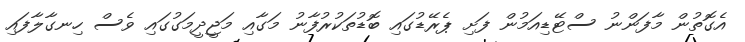
އެގޮތުން މާފަންނު ސްޓޭޑިއަމުން ފަށި ޕެރޭޑުގައި ބޮޑުތަކުރުފާނު މަގާއި މަޖީދީމަގުގައި ވެސް ހިނގާލާފައި